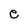
Character: e